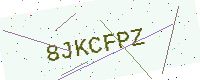
Text: 8JKCFPZ